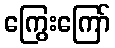
ကြွေးကြော်